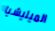
الميليشيا